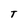
Character: T